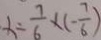
x = \frac { 7 } { 6 } \times ( - \frac { 7 } { 6 } )